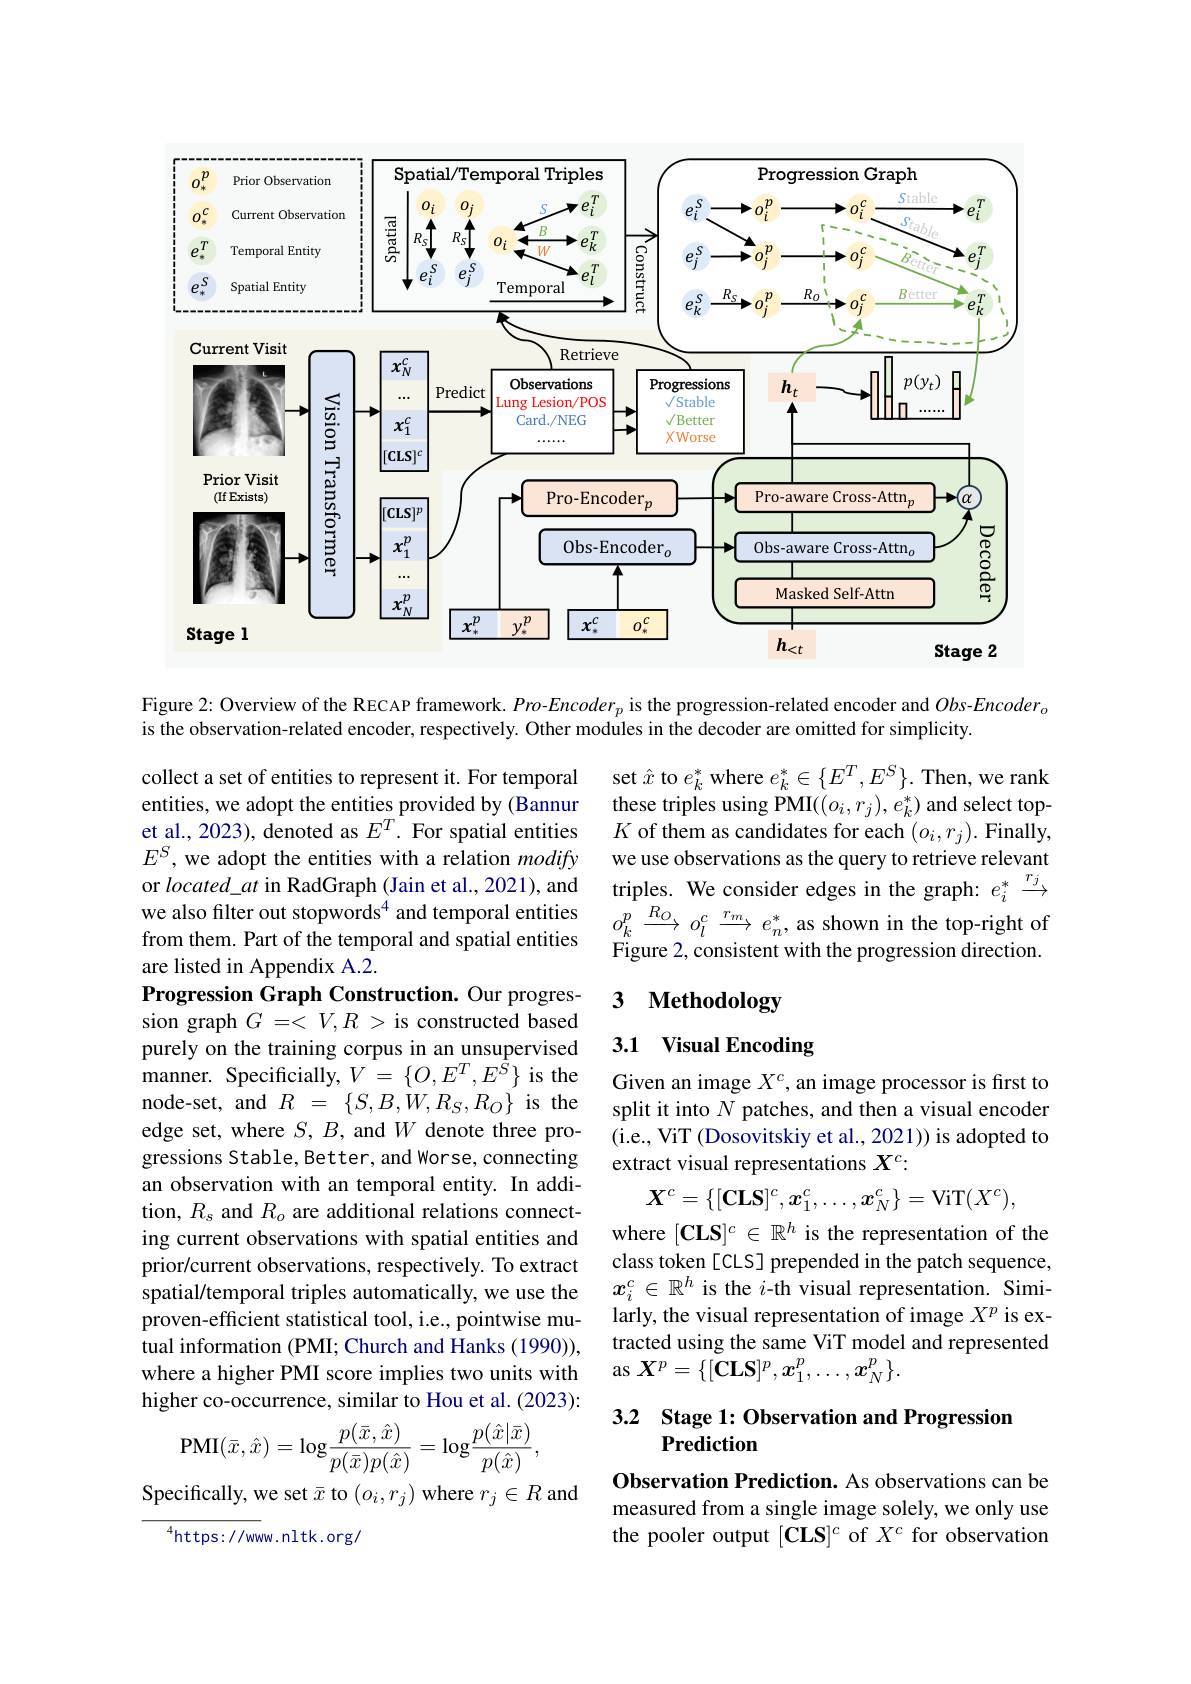
<FigureHere>

Figure 2: Overview of the RECAP framework. $Pro-Encoder_p$ is the progression-related encoder and $Obs-Encoder_o$
is the observation-related encoder, respectively. Other modules in the decoder are omitted for simplicity.

set $\hat{x}$ to $e_k^*$ where $e_k^*\in\{E^T,E^S\}.$ Then, we rank these triples using PMI($(o_i,r_j),e_k^*)$ and select top- $K$ of them as candidates for each $(o_i,r_j).$ Finally, we use observations as the query to retrieve relevant triples. We consider edges in the graph: $e_i^*\xrightarrow{r_j}$
we also filter out stopwords$^4$ and temporal entities $o_k^p\xrightarrow{R_O}o_l^c\xrightarrow{r_m}e_n^*$ as shown in the top-right of
Figure 2, consistent with the progression direction.

## 3 Methodology

## 3.1 Visual Encoding

collect a set of entities to represent it. For temporal entities, we adopt the entities provided by (Bannur et al., 2023), denoted as $E^T.$ For spatial entities $E^S$, we adopt the entities with a relation modify or $located\_at$ in RadGraph (Jain et al., 2021), and from them. Part of the temporal and spatial entities are listed in Appendix A.2.
Progression Graph Construction. Our progression graph $G=<V,R>$ is constructed based purely on the training corpus in an unsupervised manner. Specificially, $V=\{O,E^T,E^{\hat{S}}\}$ is the node-set, and $R$ = $\{ S, B, W, R_{S}, R_{O}\}$ is the edge set, where $S,B$, and $W$ denote three progressions Stable, Better, and Worse, connecting an observation with an temporal entity. In addition, $R_s$ and $R_o$ are additional relations connecting current observations with spatial entities and prior/current observations, respectively. To extract spatial/temporal triples automatically, we use the proven-efficient statistical tool, i.e., pointwise mutual information (PMI; Church and Hanks (1990)), where a higher PMI score implies two units with higher co-occurrence, similar to Hou et al. (2023):
$$\mathrm{PMI}(\bar{x},\hat{x})=\log\frac{p(\bar{x},\hat{x})}{p(\bar{x})p(\hat{x})}=\mathrm{log}\frac{p(\hat{x}|\bar{x})}{p(\hat{x})},$$
Specifically, we set $\bar{x}$ to $(o_i,r_j)$ where $r_j\in R$ and

Given an image $X^c$, an image processor is first to split it into $N$ patches, and then a visual encoder (i.e., ViT (Dosovitskiy et al., 2021)) is adopted to extract visual representations $X^c:$
$$\boldsymbol{X}^c=\{[\mathbf{CLS}]^c,\boldsymbol{x}_1^c,\ldots,\boldsymbol{x}_N^c\}=\mathrm{ViT}(X^c),$$
where $[\mathbf{CLS}]^c\in\mathbb{R}^h$ is the representation of the class token[CLS] prepended in the patch sequence, $x_i^c\in\mathbb{R}^h$ is the $i$-th visual representation. Similarly, the visual representation of image $X^p$ is extracted using the same ViT model and represented as $X^p=\{[\mathbf{CLS}]^p,x_1^p,\ldots,x_N^p\}.$

## 3.2 Stage 1: Observation and Progression Prediction

Observation Prediction. As observations can be measured from a single image solely, we only use the pooler output $[\tilde{\mathbf{CLS}}]^c$ of $X^c$ for observation

$^{4}$https://www.nltk.org/